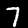
Digit: 7